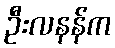
ဦးလနန်က